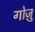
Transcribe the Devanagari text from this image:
गोज़ु